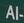
al